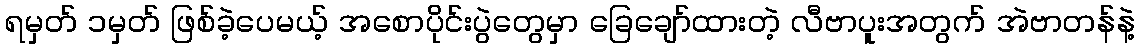
ရမှတ် ၁မှတ် ဖြစ်ခဲ့ပေမယ့် အစောပိုင်းပွဲတွေမှာ ခြေချော်ထားတဲ့ လီဗာပူးအတွက် အဲဗာတန်နဲ့